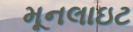
મૂનલાઇટ